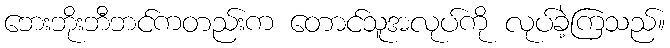
ဘေးဘိုးဘီဘင်ကတည်းက တောင်သူအလုပ်ကို လုပ်ခဲ့ကြသည်။